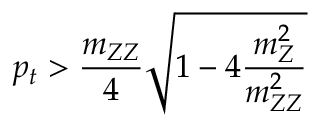
p _ { t } > \frac { m _ { Z Z } } { 4 } \sqrt { 1 - 4 \frac { m _ { Z } ^ { 2 } } { m _ { Z Z } ^ { 2 } } }